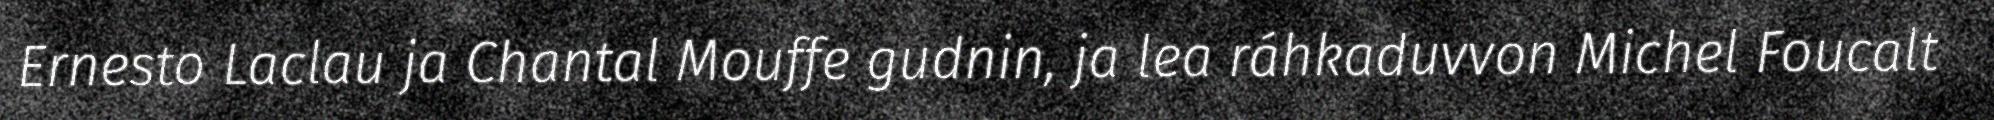
Ernesto Laclau ja Chantal Mouffe gudnin, ja lea ráhkaduvvon Michel Foucalt